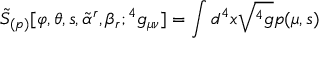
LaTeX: { \tilde { S } } _ { ( p ) } [ \varphi , \theta , s , { \tilde { \alpha } } ^ { r } , \beta _ { r } ; { } ^ { 4 } g _ { \mu \nu } ] = \int d ^ { 4 } x \sqrt { { } ^ { 4 } g } p ( \mu , s )